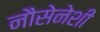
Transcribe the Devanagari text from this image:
नौसेनेशी